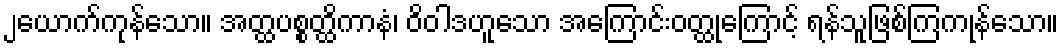
၂ယောက်ကုန်သော။ အတ္ထပစ္စတ္ထိကာနံ၊ ဝိဝါဒဟူသော အကြောင်းဝတ္ထုကြောင့် ရန်သူဖြစ်ကြကုန်သော။